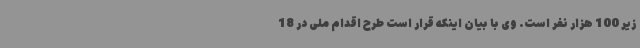
زیر 100 هزار نفر است. وی با بیان اینکه قرار است طرح اقدام ملی در 18